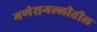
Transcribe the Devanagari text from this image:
गणेशगल्लीतील